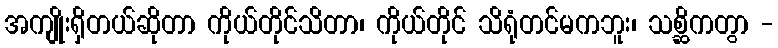
အကျိုးရှိတယ်ဆိုတာ ကိုယ်တိုင်သိတာ၊ ကိုယ်တိုင် သိရုံတင်မကဘူး၊ သစ္ဆိကတွာ -